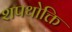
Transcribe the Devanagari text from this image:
शपथोक्ति